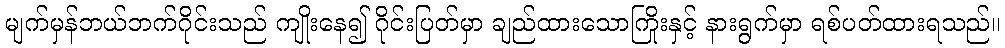
မျက်မှန်ဘယ်ဘက်ဂိုင်းသည် ကျိုးနေ၍ ဂိုင်းပြတ်မှာ ချည်ထားသောကြိုးနှင့် နားရွက်မှာ ရစ်ပတ်ထားရသည်။